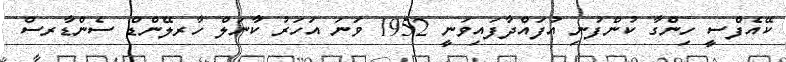
ކޭއެފްސީ ހިންގާ ކުންފުނި އުފައްދާފައިވަނީ 1952 ވަނަ އަހަރު ކާނަލް ހާރލޭންޑް ސެންޑާރސް